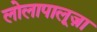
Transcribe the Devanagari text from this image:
लोलापालूज़ा